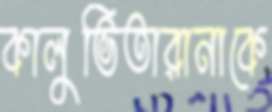
কালুভিতারানাকে